Annual statistical returns and brief notes on vaccination in Bengal - 1909-1929
Year: 1909
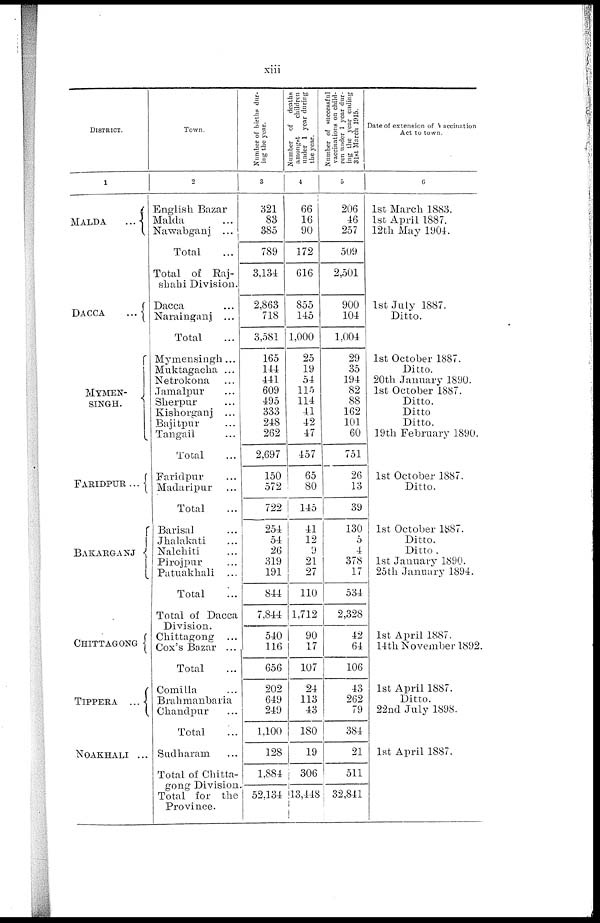
xiii
DISTRICT.
1
MALDA
...
DACCA
...
MYMEN¬
SINGH.
FARIDPUR...
BAKARGANJ
CHITTAGONG
TIPPERA ...
NOAKHALI ...
Town.
2
English Bazar
Malda ...
Nawabganj ...
Total ...
Total of Raj¬
shahi Division.
Dacca ...
Narainganj ...
Total ...
Mymensingh...
Muktagacha ...
Netrokona ...
Jamalpur ...
Sherpur ...
Kishorganj ...
Bajitpur ...
Tangail ...
Total ...
Faridpur ...
Madaripur ...
Total ...
Barisal ...
Jhalakati ...
Nalchiti ...
Pirojpur ...
Patuakhali ...
Total
...
Total of Dacca
Division.
Chittagong ...
Cox's Bazar ...
Total ...
Comilla ...
Brahmanbaria
Chandpur ...
Total
...
Sudharam ...
Total of Chitta-
gong Division.
Total for the
Province.
Number of births dur-
ing the year.
3
321
83
385
789
3,134
2,863
718
3,581
165
144
441
609
495
333
248
262
2,697
150
572
722
254
54
26
319
191
844
7,844
540
116
656
202
649
249
1,100
128
1,884
52,134
Number of deaths
amongst
children
under 1 year during
the year.
4
66
16
90
172
616
855
145
1,000
25
19
54
115
114
41
42
47
457
65
80
145
41
12
9
21
27
110
1,712
90
17
107
24
113
43
180
19
306
13,448
Number of successful
vaccinations on child-
ren under 1 year dur-
ing the year ending
31st March 1915.
5
206
46
257
509
2,501
900
104
1,004
29
35
194
82
88
162
101
60
751
26
13
39
130
5
4
378
17
534
2,328
42
64
106
43
262
79
384
21
511
32,841
Date of extension of Vaccination
Act to town.
6
1st March 1883.
1st April 1887.
12th May 1904.
1st July 1887.
Ditto.
1st October 1887.
Ditto.
20th January 1890.
1st October 1887.
Ditto.
Ditto.
Ditto.
19th February 1890.
1st October 1887.
Ditto.
1st October 1887.
Ditto.
Ditto.
1st January 1890.
25th January 1894.
1st April 1887.
14th November 1892.
1st April 1887.
Ditto.
22nd July 1898.
1st April 1887.